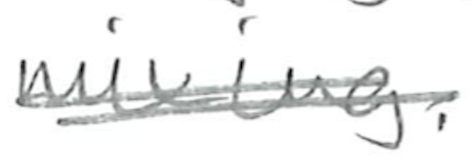
Text: mixing.
Cross-out: double-line
Writing tool: pencil